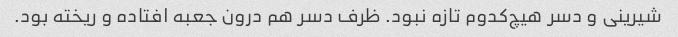
شیرینی و دسر هیچ‌کدوم تازه نبود. ظرف دسر هم درون جعبه افتاده و ریخته بود.